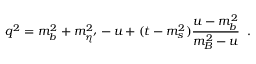
q ^ { 2 } = m _ { b } ^ { 2 } + m _ { \eta ^ { \prime } } ^ { 2 } - u + ( t - m _ { s } ^ { 2 } ) \frac { u - m _ { b } ^ { 2 } } { m _ { B } ^ { 2 } - u } \; \; .